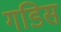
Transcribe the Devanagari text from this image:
गडिस